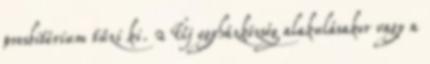
presbitérium tűzi ki. 2 Új egyházközség alakulásakor vagy a